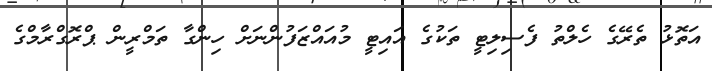
އަތޮޅު ތެރޭގެ ހެލްތު ފެސިލިޓީ ތަކުގެ އައިޓީ މުއައްޒަފުންނަށް ހިންގާ ތަމްރީން ޕްރޮގްރާމްގެ